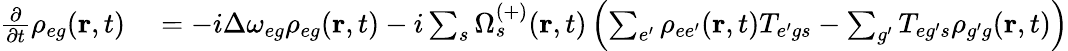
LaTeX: \begin{array}{rl}{\frac{\partial}{\partial t}\rho_{{eg}}(\textbf{r},t)}&{{}=-i\Delta\omega_{{eg}}\rho_{{eg}}(\textbf{r},t)-i\sum_{s}\Omega_{s}^{(+)}(\textbf{r},t)\left(\sum_{e^{\prime}}\rho_{{ee^{\prime}}}(\textbf{r},t)T_{{e^{\prime}g}s}-\sum_{g^{\prime}}T_{{eg^{\prime}}s}\rho_{{g^{\prime}g}}(\textbf{r},t)\right)}\end{array}